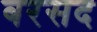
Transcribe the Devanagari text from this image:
बरसद